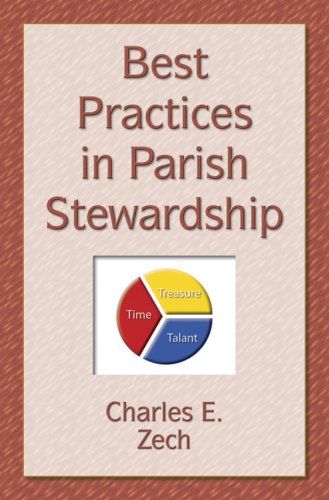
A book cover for Best Practices in Parish Stewardship; Charles E. Zech; Christian Books & Bibles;